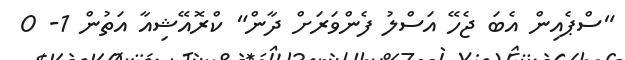
"ސްޕެއިން އެބަ ޖެހޭ އަސްލު ފެންވަރަށް ދާން" ކްރޮއޭޝިއާ އަތުން 1- 0